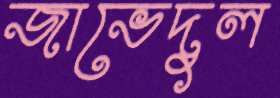
জাভেদুল